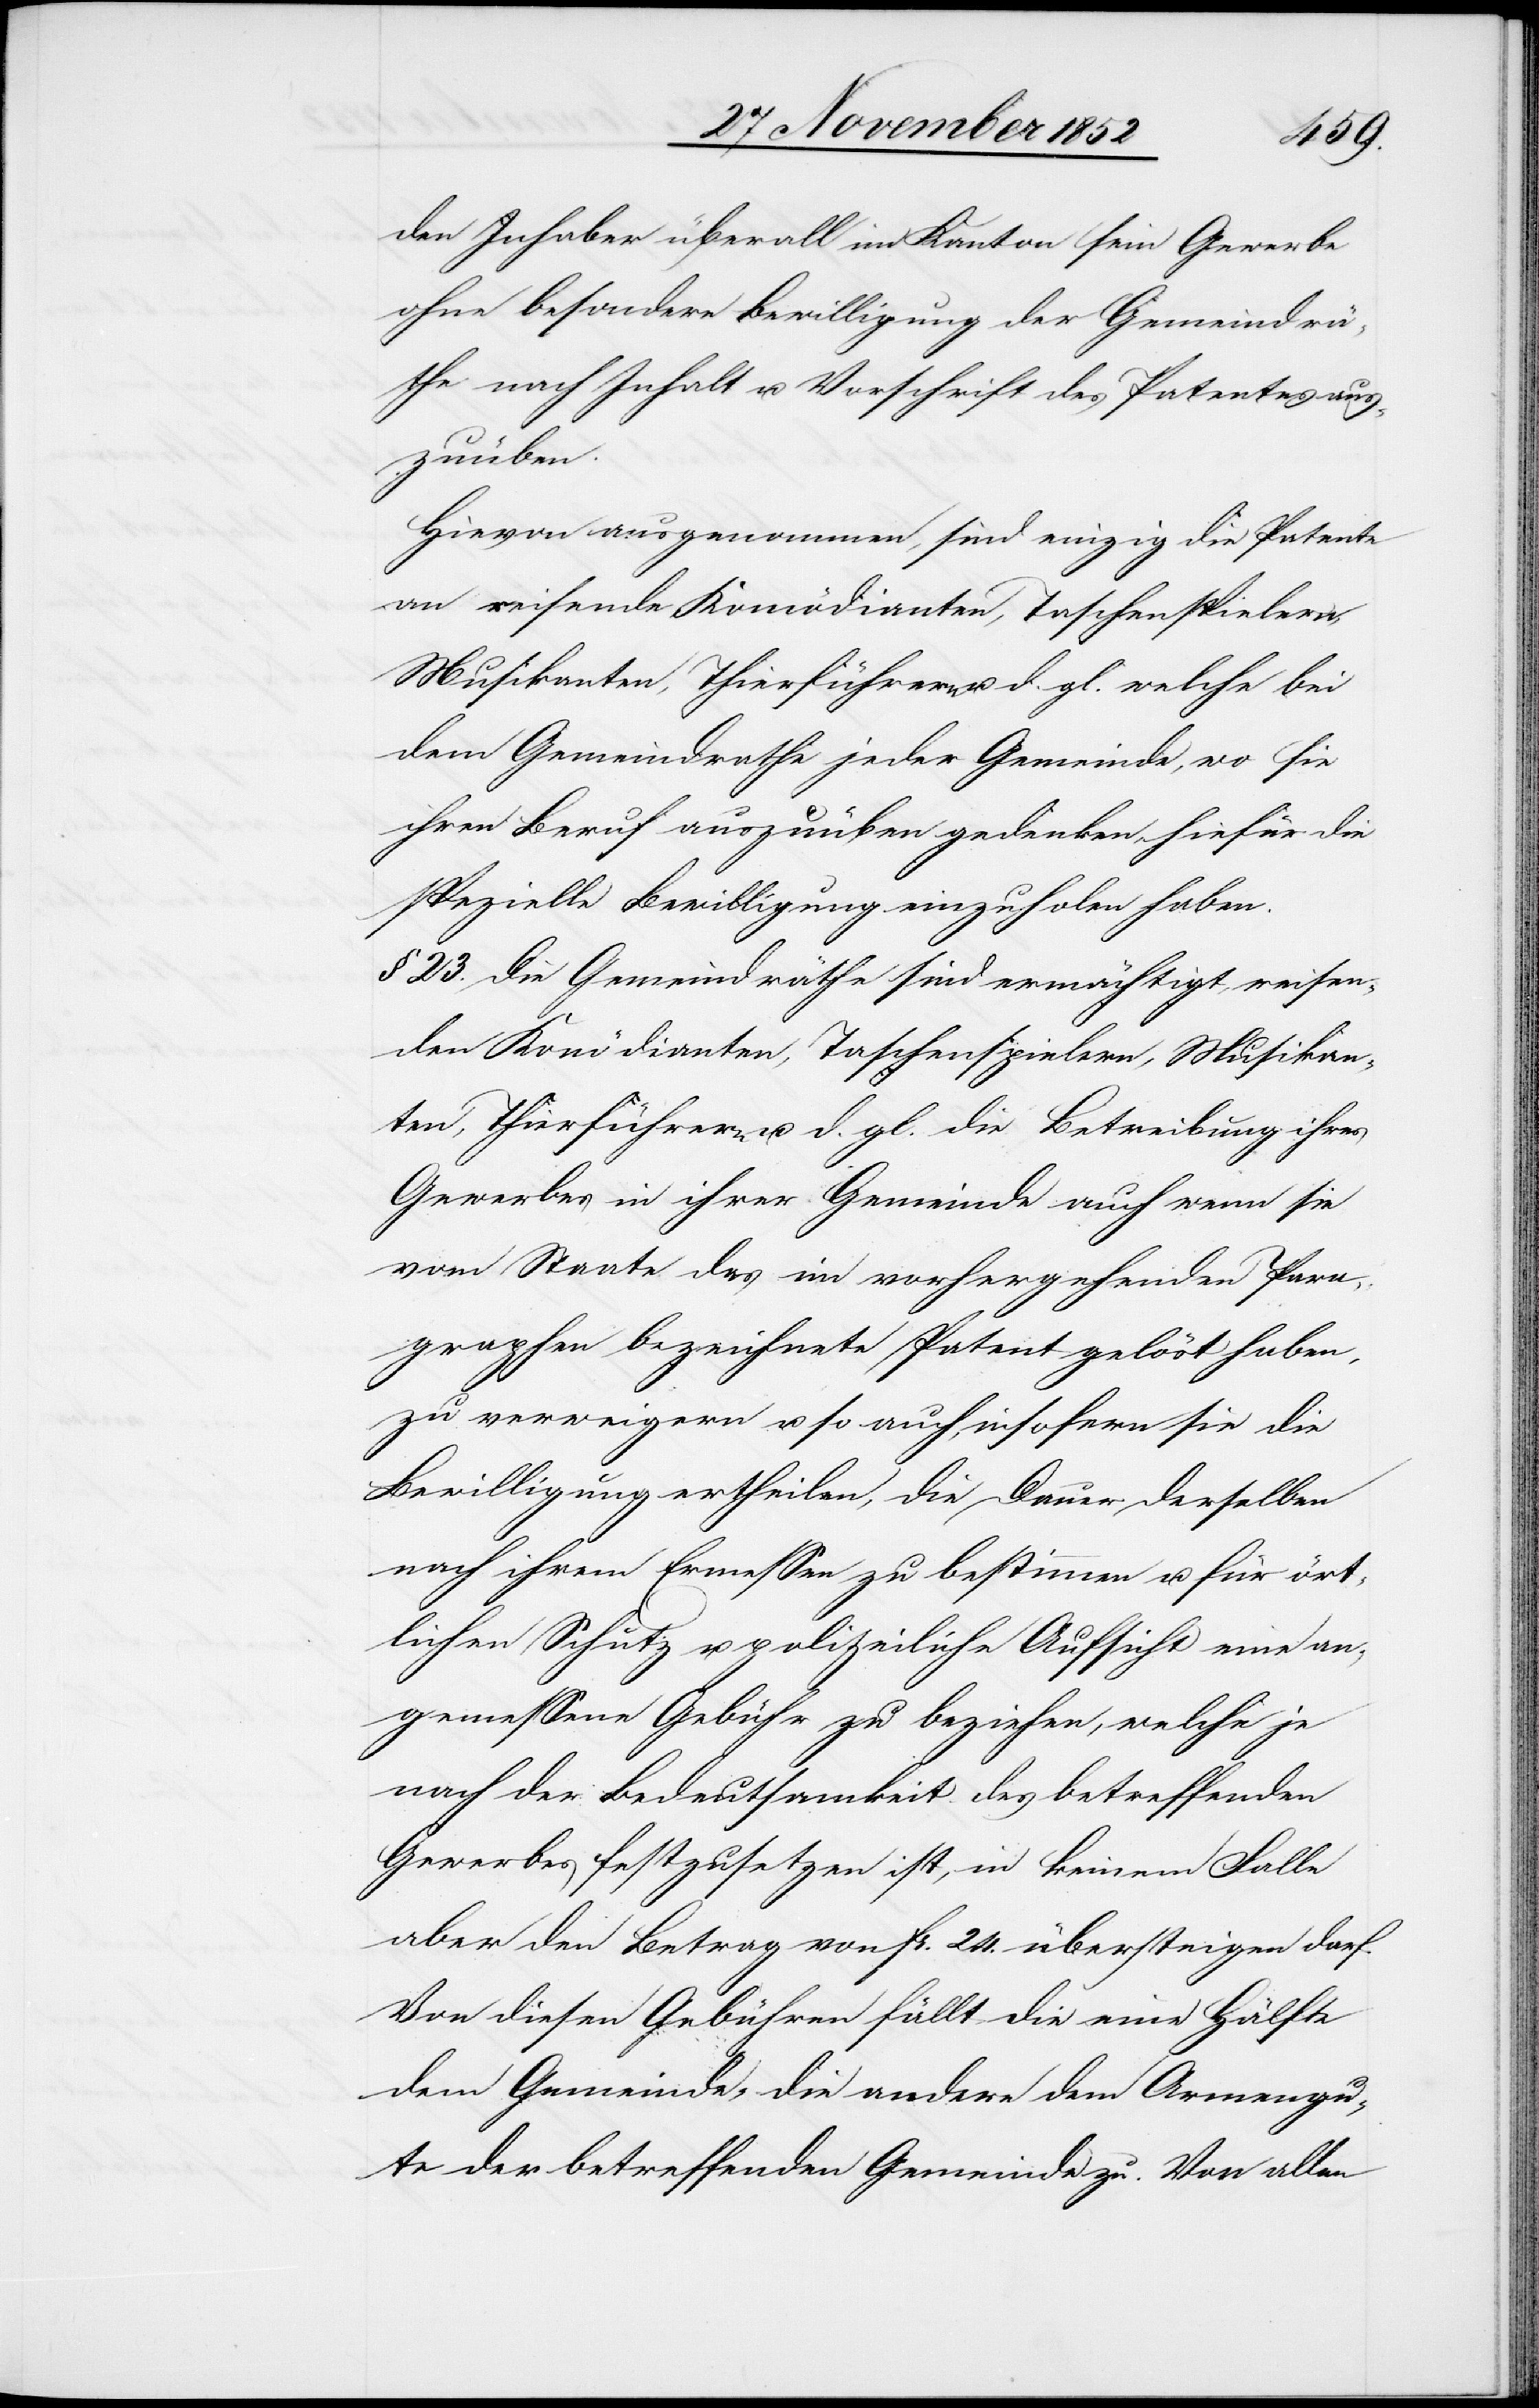
den Inhaber überall im Kanton sein Gewerbe
ohne besondere Bewilligung der Gemeindrä¬
the nach Inhalt u. Vorschrift des Patentes aus¬
zuüben.
Hievon ausgenommen, sind einzig die Patente
an reisende Komödianten, Taschenspielern,
Musikanten, Thierführern u. d. gl. welche bei
dem Gemeindrathe jeder Gemeinde, wo sie
ihren Beruf auszuüben gedenken, hiefür die
spezielle Bewilligung einzuholen haben.
§ 23. Die Gemeindräthe sind ermächtigt, reisen¬
den Konödianten [sic!], Taschenspielern, Musikan¬
ten, Thierführern u. d. gl. die Betreibung ihres
Gewerbes in ihrer Gemeinde auch wenn sie
vom Staate das im vorhergehenden Para¬
graphen bezeichnete Patent gelöst haben,
zu verweigern u. so auch, insofern sie die
Bewilligung ertheilen, die Dauer derselben
nach ihrem Ermessen zu bestimmen u. für ört¬
lichen Schutz u. polizeiliche Aufsicht eine an¬
gemessene Gebühr zu beziehen, welche je
nach der Bedeutsamkeit des betreffenden
Gewerbes festzusetzen ist, in keinem Falle
aber den Betrag von Fr. 24. übersteigen darf.
Von diesen Gebühren fällt die eine Hälfte
dem Gemeinde- die andere dem Armengu¬
te der betreffenden Gemeinde zu. Von allen